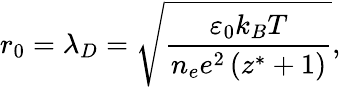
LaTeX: r_{0}=\lambda_{D}=\sqrt{\frac{\varepsilon_{0}k_{B}T}{n_{e}e^{2}\left(z^{*}+1\right)}},